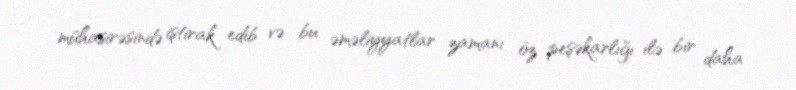
mühasirəsində iştirak edib və bu əməliyyatlar zamanı öz peşəkarlığı ilə bir daha